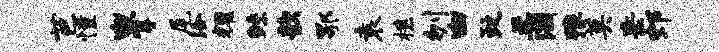
芭憧幽掌尾洽耀鲧歆鄂袁樵刎幽政柔涸豫莫岳郊